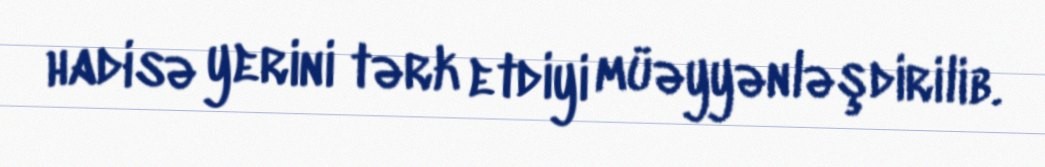
hadisə yerini tərk etdiyi müəyyənləşdirilib.